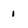
Character: 1